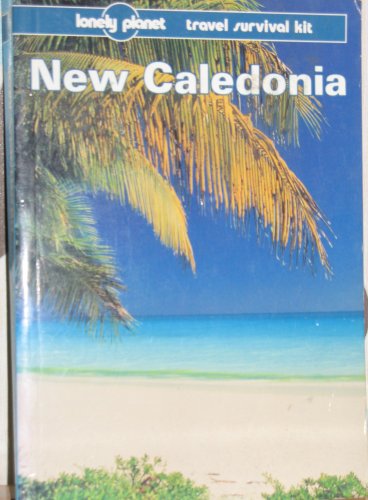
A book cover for Lonely Planet New Caledonia; Laurie Fullerton; Travel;